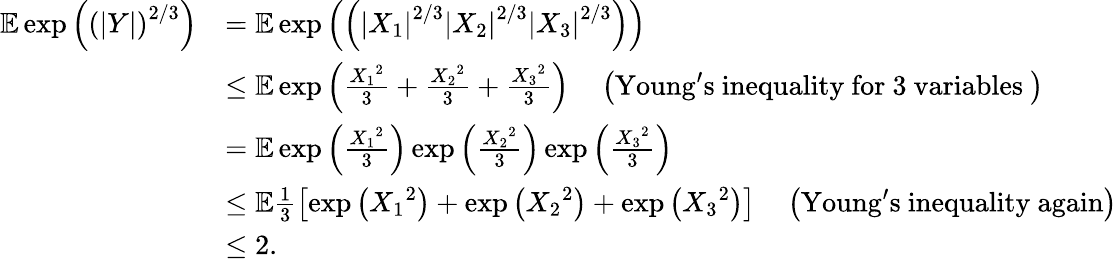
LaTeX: \begin{array}{rl}{{\mathbb{E}}\exp\left(\left(\left\vert Y\right\vert\right)^{2/3}\right)}&{={\mathbb{E}}\exp\left(\left(\left\vert X_{1}\right\vert^{2/3}\left\vert X_{2}\right\vert^{2/3}\left\vert X_{3}\right\vert^{2/3}\right)\right)}\\ &{\leq{\mathbb{E}}\exp\left(\frac{{X_{1}}^{2}}{3}+\frac{{X_{2}}^{2}}{3}+\frac{{X_{3}}^{2}}{3}\right)\quad\left(\mathrm{Young's~inequality~for~3~variables~}\right)}\\ &{={\mathbb{E}}\exp\left(\frac{{X_{1}}^{2}}{3}\right)\exp\left(\frac{{X_{2}}^{2}}{3}\right)\exp\left(\frac{{X_{3}}^{2}}{3}\right)}\\ &{\leq{\mathbb{E}}\frac{1}{3}\left[\exp\left({X_{1}}^{2}\right)+\exp\left({X_{2}}^{2}\right)+\exp\left({X_{3}}^{2}\right)\right]\quad\left(\mathrm{Young's~inequality~again}\right)}\\ &{\leq 2.}\end{array}